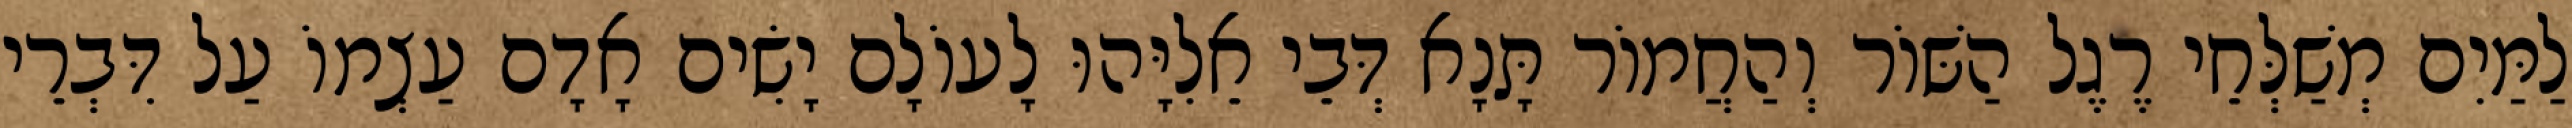
לַמַּיִם מְשַׁלְּחֵי רֶגֶל הַשּׁוֹר וְהַחֲמוֹר תָּנָא דְּבֵי אֵלִיָּהוּ לָעוֹלָם יָשִׂים אָדָם עַצְמוֹ עַל דִּבְרֵי